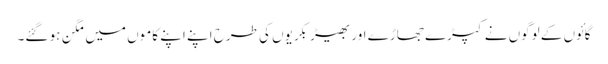
گائوں کے لوگوں نے کپڑے جھاڑے اور بھیڑ بکریوں کی طرح اپنے اپنے کاموں میں مگن ہو گئے۔